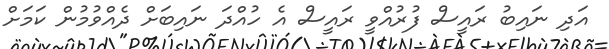
އަދި ނައިބު ރައީސް ފުރުއްވީ ރައީސް އެ ހުއްދަ ނައިބަށް ދެއްވުމުން ކަމަށް